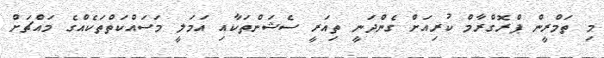
މި ތަމްރީން ޕްރޮގްރާމް ކުރިއަށް ގެންދަނީ ތިއަރީ ސެޝަންތަކާއި އަމަލީ މަސައްކަތްތަކެއްގެ މައްޗަށް